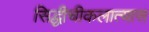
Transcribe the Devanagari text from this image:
सिद्धीचीकलात्यास